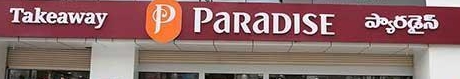
Language: telugu
Transcription: ప్యారడైస్